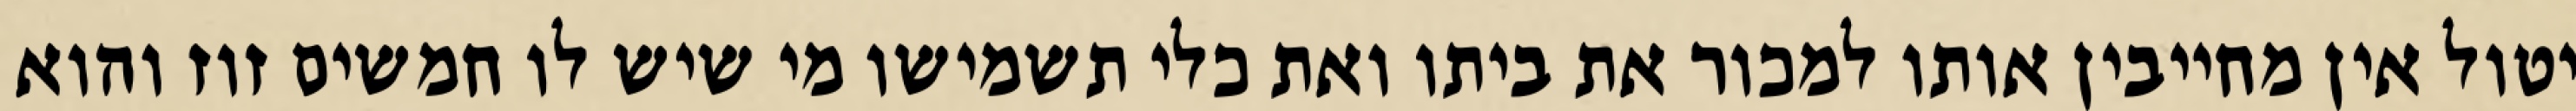
יטול אין מחייבין אותו למכור את ביתו ואת כלי תשמישו מי שיש לו חמשים זוז והוא